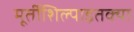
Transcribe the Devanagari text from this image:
मूर्तीशिल्पाइतक्या